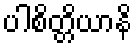
ပါစိတ္တိယာနိ